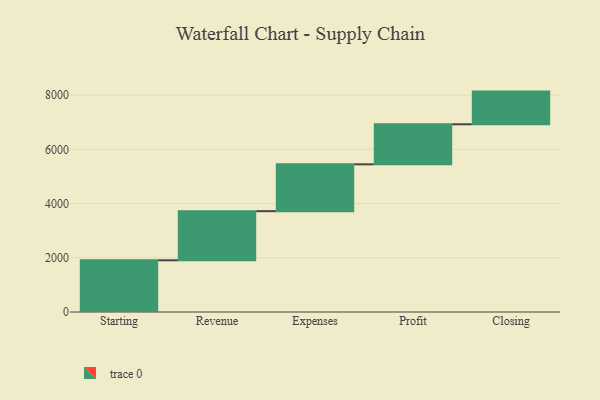
{"axis": {"x": "Step", "y": "Value"}, "legend": [""], "data": [{"x": "Starting", "y": 1907.0, "type": ""}, {"x": "Revenue", "y": 1812.0, "type": ""}, {"x": "Expenses", "y": 1728.0, "type": ""}, {"x": "Profit", "y": 1477.0, "type": ""}, {"x": "Closing", "y": 1205.0, "type": ""}]}